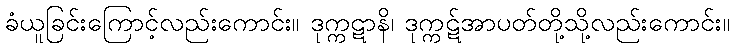
ခံယူခြင်းကြောင့်လည်းကောင်း။ ဒုက္ကဋာနိ၊ ဒုက္ကဋ်အာပတ်တို့သို့လည်းကောင်း။